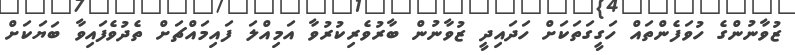
ޒުވާނުންގެ ހުވަފެންތައް ހަގީގަތަކަށް ހަދައިދީ ޒުވާނުން ބާރުވެރިކުރުވާ އަމިއްލަ ފައިމައްޗަށް ތެދުވެފައިވާ ބަޔަކަށް